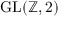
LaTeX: { \mathrm { G L } } ( \mathbb { Z } , 2 )